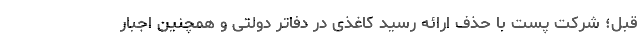
قبل؛ شرکت پست با حذف ارائه رسید کاغذی در دفاتر دولتی و همچنین اجبار